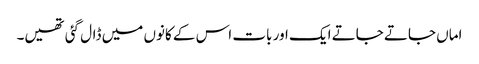
اماں جاتے جاتے ایک اور بات اس کے کانوں میں ڈال گئی تھیں۔